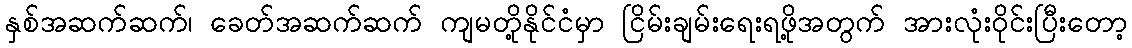
နှစ်အဆက်ဆက်၊ ခေတ်အဆက်ဆက် ကျမတို့နိုင်ငံမှာ ငြိမ်းချမ်းရေးရဖို့အတွက် အားလုံးဝိုင်းပြီးတော့